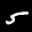
Label: 5